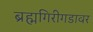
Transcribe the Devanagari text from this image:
ब्रह्मगिरीगडावर